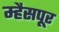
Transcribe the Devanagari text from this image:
म्हैसपूर